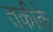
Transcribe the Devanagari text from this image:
तकीके